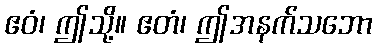
ဧဝံ၊ ဤသို့။ ဧတံ၊ ဤအနက်သဘော